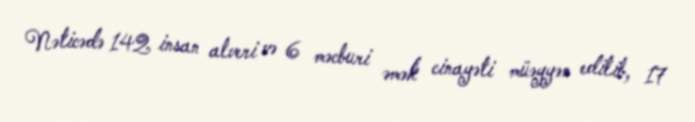
Nəticədə 142 insan alveri və 6 məcburi əmək cinayəti müəyyən edilib, 17